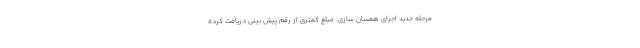
مرحله جدید اجرای همسان سازی، مبلغ کمتری از رقم پیش بینی دریافت کرده